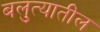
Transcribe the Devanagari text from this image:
बलुत्यातील